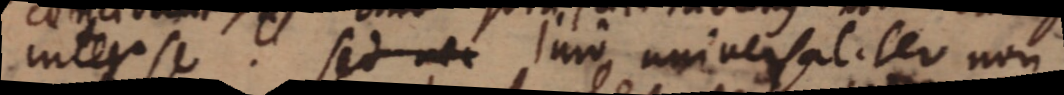
inter se. sed nec _ universaliter non